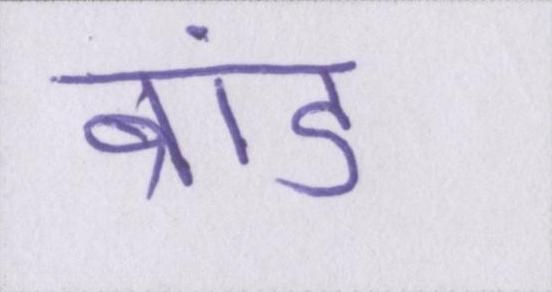
ब्रांड